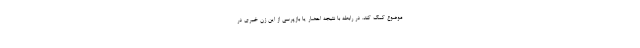
موضوع کمک کند. در رابطه با نتیجه احضار یا بازپرسی از این زن خبری در